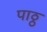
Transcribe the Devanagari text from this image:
पाठ्ठ